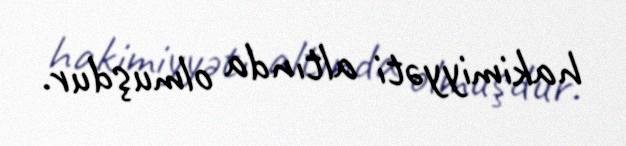
hakimiyyəti altında olmuşdur.